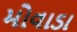
મોવાડા